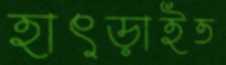
হাৎড়াইত